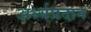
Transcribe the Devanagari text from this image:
अर्ध्यप्रदान